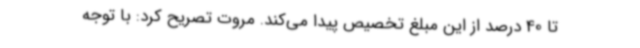
تا 40 درصد از این مبلغ تخصیص پیدا می‌کند. مروت تصریح کرد: با توجه